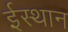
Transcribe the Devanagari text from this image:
ईस्थान